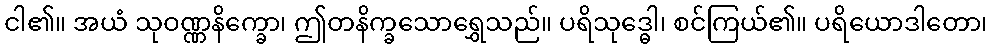
ငါ၏။ အယံ သုဝဏ္ဏနိက္ခော၊ ဤတနိက္ခသောရွှေသည်။ ပရိသုဒ္ဓေါ၊ စင်ကြယ်၏။ ပရိယောဒါတော၊